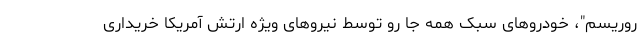
روریسم"، خودروهای سبک همه جا رو توسط نیروهای ویژه ارتش آمریکا خریداری